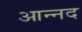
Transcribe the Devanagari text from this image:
आन्‍नद